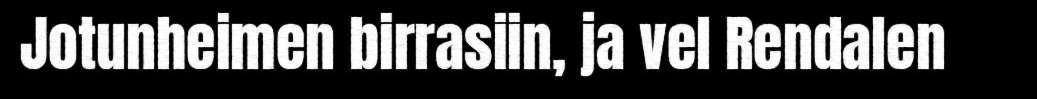
Jotunheimen birrasiin, ja vel Rendalen